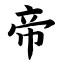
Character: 帝